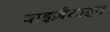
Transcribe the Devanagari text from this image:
बाइज़ैटाइन